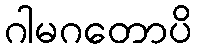
ဂါမဂတောပိ